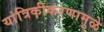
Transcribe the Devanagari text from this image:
यांत्रिकीकरणामुळे